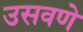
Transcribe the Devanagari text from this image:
उसवणे